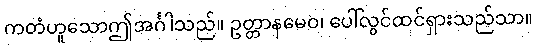
ကတံဟူသောဤအင်္ဂါသည်။ ဥတ္တာနမေဝ၊ ပေါ်လွင်ထင်ရှားသည်သာ။